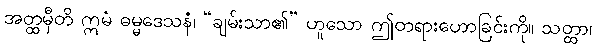
အတ္ထမှီတိ ဣမံ ဓမ္မဒေသနံ၊ “ချမ်းသာ၏” ဟူသော ဤတရားဟောခြင်းကို။ သတ္ထာ၊